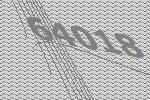
64018